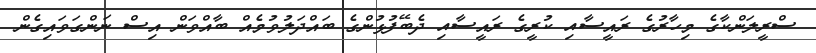
ސްރީލަންކާގެ މިހާރުގެ ރައީސާއި ކުރީގެ ރައީސާއި ދެބޭފުޅުންގެ ބައްދަލުވުމެއް ބާއްވަން އިސް ނަންގަވައިގެން